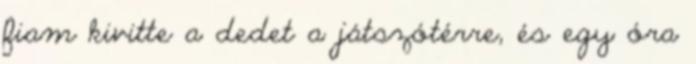
fiam kivitte a dedet a játszótérre, és egy óra